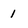
Character: 1